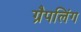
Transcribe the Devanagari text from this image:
ग्रैपलिंग